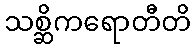
သစ္ဆိကရောတီတိ